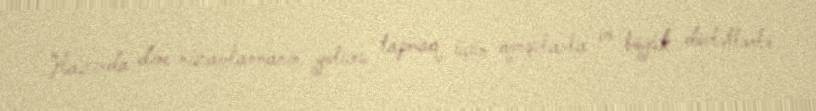
Hazırda dinc nizamlanmanın yolunu tapmaq üçün qonşularla və böyük dövlətlərlə